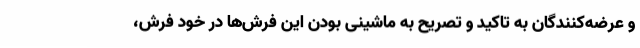
و عرضه‌کنندگان به تاکید و تصریح به ماشینی بودن این فرش‌ها در خود فرش،